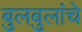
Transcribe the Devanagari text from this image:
बुलबुलांचे